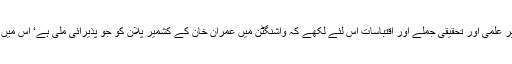
میں نے اپنے کالم کے آغاز میں ”آلِ عمران‘‘ پر علمی اور تحقیقی جملے اور اقتباسات اس لئے لکھے کہ واشنگٹن میں عمران خان کے کشمیر پلان کو جو پذیرائی ملی ہے‘ اس میں مذکورہ تحریر مزید تقویت کا باعث بن جائے۔